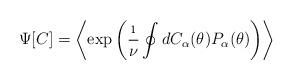
LaTeX: \begin{align*}\Psi[C] = \left \langle \exp\left( \frac{\i}{\nu}\oint d C_{\alpha}(\theta)P_{\alpha}(\theta)\right) \right \rangle \end{align*}